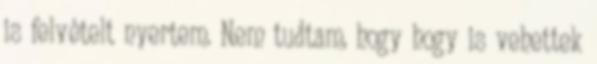
is felvételt nyertem. Nem tudtam, hogy hogy is vehettek